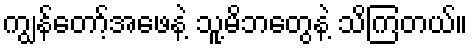
ကျွန်တော့်အဖေနဲ့ သူ့မိဘတွေနဲ့ သိကြတယ်။